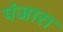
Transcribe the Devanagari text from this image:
पंजारा